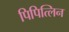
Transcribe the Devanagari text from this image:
पिपित्लिन